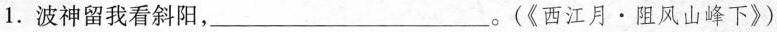
1.波神留我看斜阳， ___。(《西江月·阻风山峰下》)